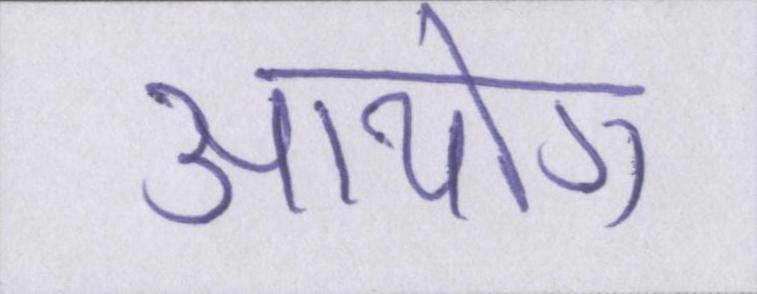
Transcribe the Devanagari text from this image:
आयोग